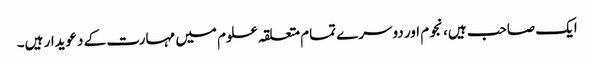
ایک صاحب ہیں، نجوم اور دوسرے تمام متعلقہ علوم میں مہارت کے دعویدار ہیں۔